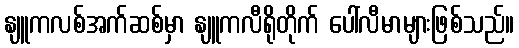
နျူကလစ်အက်ဆစ်မှာ နျူကလီရိုတိုက် ပေါ်လီမာများဖြစ်သည်။